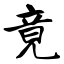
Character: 竟